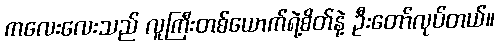
ကလေးလေးသည် လူကြီးတစ်ယောက်ရဲ့စိတ်နဲ့ ဦးတော်လုပ်တယ်။